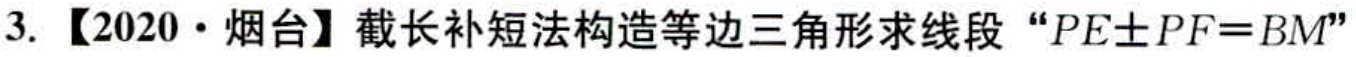
3. 【2020·烟台】截长补短法构造等边三角形求线段 “\(PE\pm PF = BM\)”